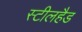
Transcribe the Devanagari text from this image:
स्टीलहैड